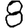
Digit: 8